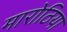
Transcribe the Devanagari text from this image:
मारोठिया